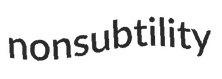
nonsubtility